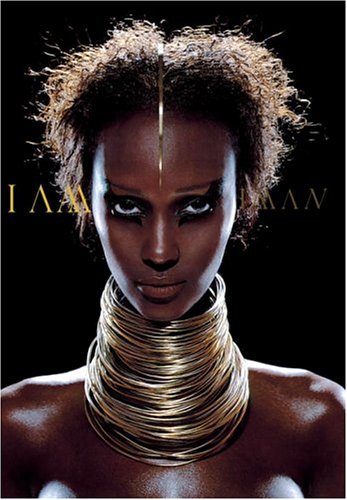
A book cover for I am Iman; Iman; Arts & Photography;